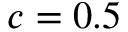
c = 0 . 5